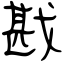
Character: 戡